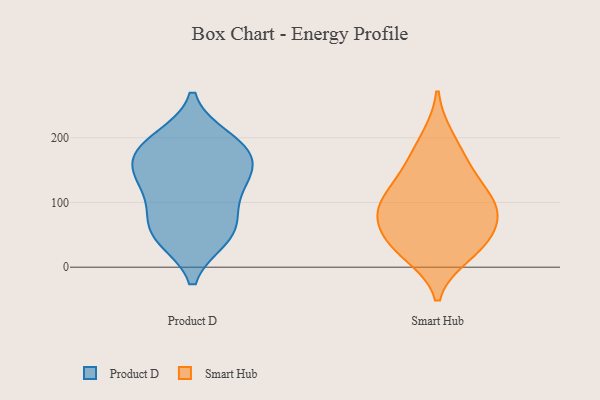
{"axis": {"x": "Active Users", "y": "Value"}, "legend": ["Product D", "Smart Hub"], "data": [{"x": "", "y": 48, "type": "Product D"}, {"x": "", "y": 75, "type": "Product D"}, {"x": "", "y": 183, "type": "Product D"}, {"x": "", "y": 45, "type": "Product D"}, {"x": "", "y": 198, "type": "Product D"}, {"x": "", "y": 135, "type": "Product D"}, {"x": "", "y": 148, "type": "Product D"}, {"x": "", "y": 52, "type": "Product D"}, {"x": "", "y": 153, "type": "Product D"}, {"x": "", "y": 176, "type": "Product D"}, {"x": "", "y": 96, "type": "Product D"}, {"x": "", "y": 127, "type": "Product D"}, {"x": "", "y": 191, "type": "Product D"}, {"x": "", "y": 38, "type": "Smart Hub"}, {"x": "", "y": 158, "type": "Smart Hub"}, {"x": "", "y": 91, "type": "Smart Hub"}, {"x": "", "y": 58, "type": "Smart Hub"}, {"x": "", "y": 20, "type": "Smart Hub"}, {"x": "", "y": 106, "type": "Smart Hub"}, {"x": "", "y": 105, "type": "Smart Hub"}, {"x": "", "y": 94, "type": "Smart Hub"}, {"x": "", "y": 200, "type": "Smart Hub"}, {"x": "", "y": 68, "type": "Smart Hub"}, {"x": "", "y": 28, "type": "Smart Hub"}, {"x": "", "y": 150, "type": "Smart Hub"}]}